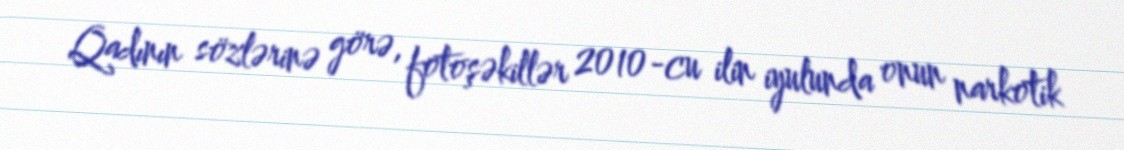
Qadının sözlərinə görə, fotoşəkillər 2010-cu ilin iyulunda onun narkotik